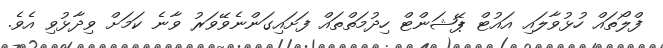
ފްލޯތައް ހުޅުވާލައި އައުޓް ޕޭޝަންޓް ހިދުމަތްތައް ފަށައިގަންނެވޭވަރު ވާނެ ކަމަށް ވިދާޅުވި އެވެ.